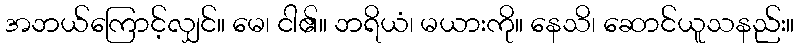
အဘယ်ကြောင့်လျှင်။ မေ၊ ငါ၏။ ဘရိယံ၊ မယားကို။ နေသိ၊ ဆောင်ယူသနည်း။